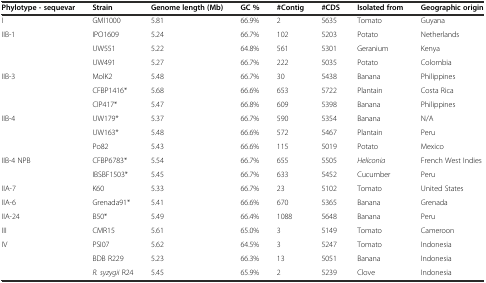
<table><thead><tr><td><b>Phylotype - sequevar</b></td><td><b>Strain</b></td><td><b>Genome length (Mb)</b></td><td><b>GC %</b></td><td><b>#Contig</b></td><td><b>#CDS</b></td><td><b>Isolated from</b></td><td><b>Geographic origin</b></td></tr></thead><tbody><tr><td>I</td><td>GMI1000</td><td>5.81</td><td>66.9%</td><td>2</td><td>5635</td><td>Tomato</td><td>Guyana</td></tr><tr><td rowspan="3">IIB-1</td><td>IPO1609</td><td>5.24</td><td>66.7%</td><td>102</td><td>5203</td><td>Potato</td><td>Netherlands</td></tr><tr><td>UW551</td><td>5.22</td><td>64.8%</td><td>561</td><td>5301</td><td>Geranium</td><td>Kenya</td></tr><tr><td>UW491</td><td>5.27</td><td>66.7%</td><td>222</td><td>5035</td><td>Potato</td><td>Colombia</td></tr><tr><td rowspan="3">IIB-3</td><td>MolK2</td><td>5.48</td><td>66.7%</td><td>30</td><td>5438</td><td>Banana</td><td>Philippines</td></tr><tr><td>CFBP1416*</td><td>5.68</td><td>66.6%</td><td>653</td><td>5722</td><td>Plantain</td><td>Costa Rica</td></tr><tr><td>CIP417*</td><td>5.47</td><td>66.8%</td><td>609</td><td>5398</td><td>Banana</td><td>Philippines</td></tr><tr><td rowspan="3">IIB-4</td><td>UW179*</td><td>5.37</td><td>66.7%</td><td>590</td><td>5354</td><td>Banana</td><td>N/A</td></tr><tr><td>UW163*</td><td>5.48</td><td>66.6%</td><td>572</td><td>5467</td><td>Plantain</td><td>Peru</td></tr><tr><td>Po82</td><td>5.43</td><td>66.6%</td><td>115</td><td>5019</td><td>Potato</td><td>Mexico</td></tr><tr><td rowspan="2">IIB-4 NPB</td><td>CFBP6783*</td><td>5.54</td><td>66.7%</td><td>655</td><td>5505</td><td><i>Heliconia</i></td><td>French West Indies</td></tr><tr><td>IBSBF1503*</td><td>5.45</td><td>66.7%</td><td>633</td><td>5452</td><td>Cucumber</td><td>Peru</td></tr><tr><td>IIA-7</td><td>K60</td><td>5.33</td><td>66.7%</td><td>23</td><td>5102</td><td>Tomato</td><td>United States</td></tr><tr><td>IIA-6</td><td>Grenada91*</td><td>5.41</td><td>66.6%</td><td>670</td><td>5365</td><td>Banana</td><td>Grenada</td></tr><tr><td>IIA-24</td><td>B50*</td><td>5.49</td><td>66.4%</td><td>1088</td><td>5648</td><td>Banana</td><td>Peru</td></tr><tr><td>III</td><td>CMR15</td><td>5.61</td><td>65.0%</td><td>3</td><td>5149</td><td>Tomato</td><td>Cameroon</td></tr><tr><td rowspan="3">IV</td><td>PSI07</td><td>5.62</td><td>64.5%</td><td>3</td><td>5247</td><td>Tomato</td><td>Indonesia</td></tr><tr><td>BDB R229</td><td>5.23</td><td>66.3%</td><td>13</td><td>5051</td><td>Banana</td><td>Indonesia</td></tr><tr><td><i>R. syzygii</i> R24</td><td>5.45</td><td>65.9%</td><td>2</td><td>5239</td><td>Clove</td><td>Indonesia</td></tr></tbody></table>